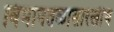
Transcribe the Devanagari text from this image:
विमानतळासारखीच